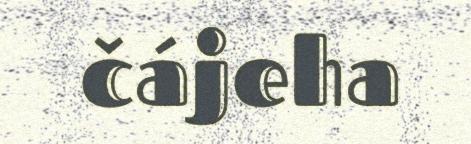
čájeha